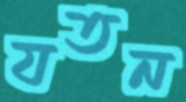
যতন